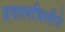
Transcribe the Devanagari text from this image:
प्रवालभित्तीने